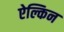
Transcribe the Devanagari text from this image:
ऐल्किन